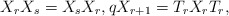
\begin{align*}X_rX_s=X_sX_r,qX_{r+1}=T_rX_rT_r,\end{align*}